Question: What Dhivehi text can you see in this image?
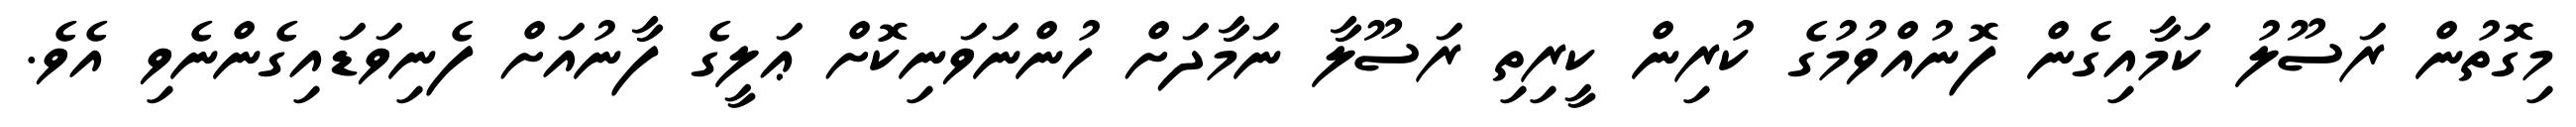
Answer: މިގޮތުން ރަސޫލު ކަމާއިގެން ފޮނުއްވުމުގެ ކުރިން ކީރިތި ރަސޫލާ ނަމާދަށް ހުންނަވަނިކޮށް ޢަލީގެ ފާނުއަށް ފެނިވަޑައިގެންނެވި އެވެ.